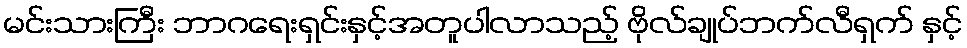
မင်းသားကြီး ဘာဂရေးရှင်းနှင့်အတူပါလာသည့် ဗိုလ်ချုပ်ဘက်လီရှက် နှင့်